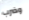
وضرب